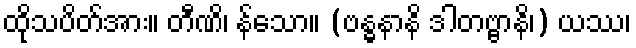
ထိုသပိတ်အား။ တီဏိ၊ န်သော။ (ဗန္ဓနာနိ ဒါတဗ္ဗာနိ၊) ယဿ၊